Medical and sanitary report of the native army of Bengal for the year
Year: 1876
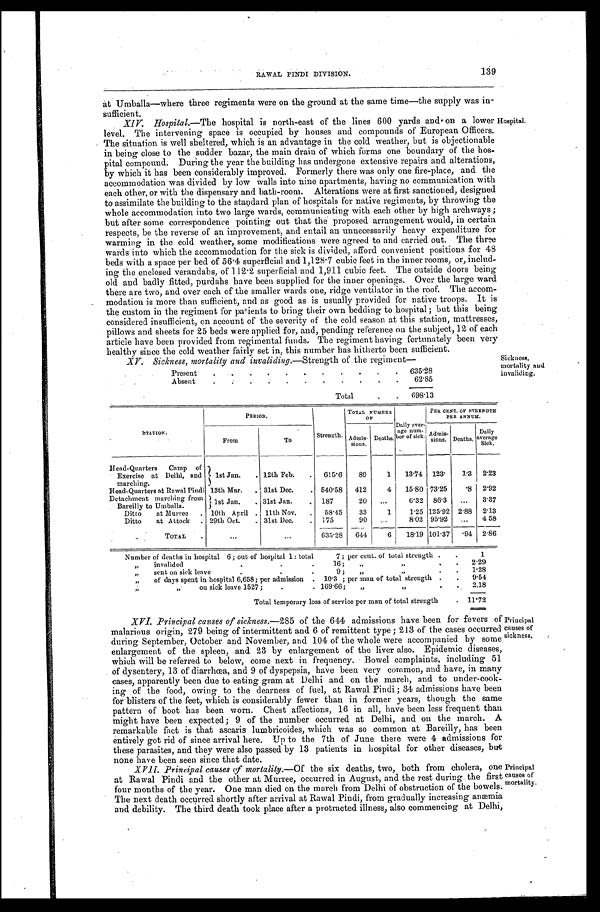
RAWAL PINDI DIVISION.
139
at Umballa—where three regiments were on the ground at the same time—the supply was in
-sufficient.
XIV. Hospital.—The hospital is north-east of the lines 600 yards and on a lower
level. The intervening space is occupied by houses and compounds of European Officers.
The situation is well sheltered, which is an advantage in the cold weather, but is objectionable
in being close to the sudder bazar, the main drain of which forms one boundary of the hos
-pital compound. During the year the building has undergone extensive repairs and alterations,
by which it has been considerably improved. Formerly there was only one fire-place, and the
accommodation was divided by low walls into nine apartments, having no communication with
each other, or with the dispensary and bath-room. Alterations were at first sanctioned, designed
to assimilate the building to the standard plan of hospitals for native regiments, by throwing the
whole accommodation into two large wards, communicating with each other by high archways;
but after some correspondence pointing out that the proposed arrangement would, in certain
respects, be the reverse of an improvement, and entail an unnecessarily heavy expenditure for
warming in the cold weather, some modifications were agreed to and carried out. The three
wards into which the accommodation for the sick is divided, afford convenient positions for 48
beds with a space per bed of 56.4 superficial and 1,128.7 cubic feet in the inner rooms, or, includ
- i n g t h e e n c l o s e d v e r a n d a h s , o f 1 1 2 . 2 s u p e r f i c i a l a n d 1 , 9 1 1 c u b i c f e e t . T h e o u t s i d e d o o r s b e i n g
old and badly fitted, purdahs have been supplied for the inner openings. Over the large ward
there are two, and over each of the smaller wards one, ridge ventilator in the roof. The accom
-modation is more than sufficient, and as good as is usually provided for native troops. It is
the custom in the regiment for patients to bring their own bedding to hospital; but this being
considered insufficient, on account of the severity of the cold season at this station, mattresses,
pillows and sheets for 25 beds were applied for, and, pending reference on the subject, 12 of each
article have been provided from regimental funds. The regiment having fortunately been very
healthy since the cold weather fairly set in, this number has hitherto been sufficient.
XV. Sickness, mortality and invaliding.— Strenath of the regiment-
Present
6 3 5 . 2 8
Absent
6 2 . 8 5
Total
698.13
Hospital.
Sickness,
mortality and
invaliding.
STATION.
PERIOD.
Strength.
TOTAL NUMBER
OF
Daily aver -
age num- b e r o f s i c k .
PER CENT. OF STRENGTH
PER ANNUM.
From
To
A d m i s -
sions. Deaths.
Admis- sions. Deaths.
Daily
average Sick.
Head-Quarters Camp of
Exercise at Delhi, and
marching.
1st Jan.
12th Feb.
615.6 89
1 13.74 123. 1.3 2 . 2 3
Head-Quarters at Rawal Pindi 13th Mar.
31st Dec.
540.58 412
4 15.80 73.25 .8 2.92
Detachment marching from
Bareilly to Umballa.
1st Jan.
31st Jan.
187
20
6.32 86.3
3.37
Ditto at Murree
10th April 11th Nov.
58.45 33
1 1.25 125.92 2.88 2 . 1 3
Ditto at Attock
29th Oct.
31st Dec.
175
90
8.02 95.92
4 . 5 8
TOTAL
635.28 644
6 18.19 101.37
. 9 4 2 . 8 6
Number of deaths in hospital 6; out of hospital 1: total 7; per cent. of total strength
1
„ invalided 16; „ „
2.29
„ s e n t o n s i c k l e a v e 9 ; „ „
1.28
„ of days spent in hospital 6,658; per admission 10.3; per man of total strength
9.54
„ „ on sick leave 1527; 169.66; „ „
2.18
Total temporary loss of service per man of total strength
11.72
XVI.Principal causes of sickness.-285 of the 644 admissions have been for fevers of
malarious origin, 279 being of intermittent and 6 of remittent type; 213 of the cases occurred
during September, October and November, and 104 of the whole were accompanied by some
enlargement of the spleen, and 23 by enlargement of the liver also. Epidemic diseases,
which will be referred to below, come next in frequency. Bowel complaints, including 51
of dysentery, 13 of diarrhœa, and 9 of dyspepsia, have been very common, and have, in many
cases, apparently been due to eating gram at Delhi and on the march, and to under-cook
-ing of the food, owing to the dearness of fuel, at Rawal Pindi; 34 admissions have been
for blisters of the feet, which is considerably fewer than in former years, though the same
pattern of boot has been worn. Chest affections, 16 in all, have been less frequent than
might have been expected; 9 of the number occurred at Delhi, and on the march. A
remarkable fact is that ascaris lumbricoides, which was so common at Bareilly, has been
entirely got rid of since arrival here. Up to the 7th of June there were 4 admissions for
these parasites, and they were also passed by 13 patients in hospital for other diseases, but
none have been seen since that date.
XVII.Principal causes of mortality. —Of the six deaths, two, both from cholera, one
at Rawal Pindi and the other at Murree, occurred in August, and the rest during the first
four months of the year. One man died on the march from Delhi of obstruction of the bowels.
The next death occurred shortly after arrival at Rawal Pindi, from gradually increasing anæmia
and debility. The third death took place after a protracted illness, also commencing at Delhi,
Principal
causes of
s i c k n e s s .
Principal
c a u s e s o f
m o r t a l i t y .